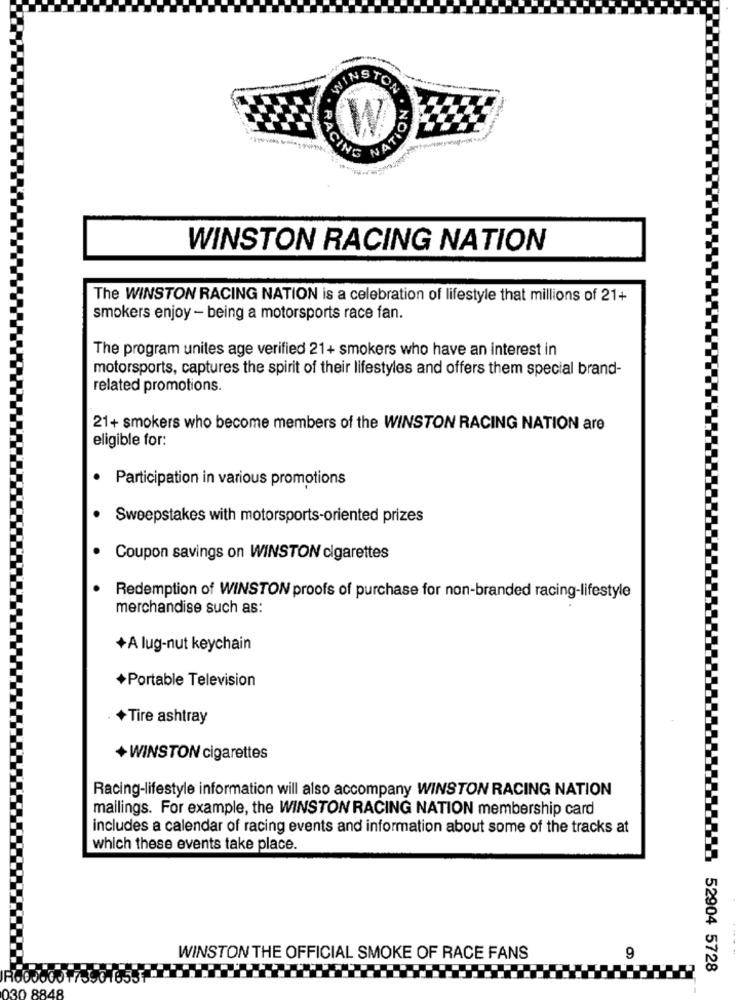
WINSTON
NOIL6
RACING
WINSTON RACING NATION
The WINSTON RACING NATION is a celebration of lifestyle that millions of 21+
smokers enjoy - being a motorsports race fan.
The program unites age verified 21+ smokers who have an interest in
motorsports, captures the spirit of their lifestyles and offers them special brand-
related promotions.
21+ smokers who become members of the WINSTON RACING NATION are
eligible for:
· Participation in various promotions
Sweepstakes with motorsports-oriented prizes
Coupon savings on WINSTON cigarettes
Redemption of WINSTON proofs of purchase for non-branded racing-lifestyle
merchandise such as:
+A lug-nut keychain
+Portable Television
+Tire ashtray
+WINSTON cigarettes
Racing-lifestyle information will also accompany WINSTON RACING NATION
mailings. For example, the WINSTON RACING NATION membership card
includes a calendar of racing events and information about some of the tracks at
which these events take place.
WINSTON THE OFFICIAL SMOKE OF RACE FANS
9
52904 5728